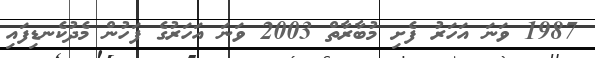
1987 ވަނަ އަހަރު ފެށި މުބާރާތް 2003 ވަނަ އަހަރުގެ ފަހުން މެދުކެނޑިފައި